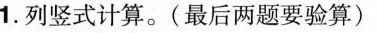
1.列竖式计算。(最后两题要验算)